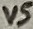
Text: V5